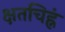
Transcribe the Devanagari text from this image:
क्षतचिह्नं